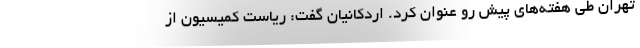
تهران طی هفته‌های پیش رو عنوان کرد. اردکانیان گفت: ریاست کمیسیون از